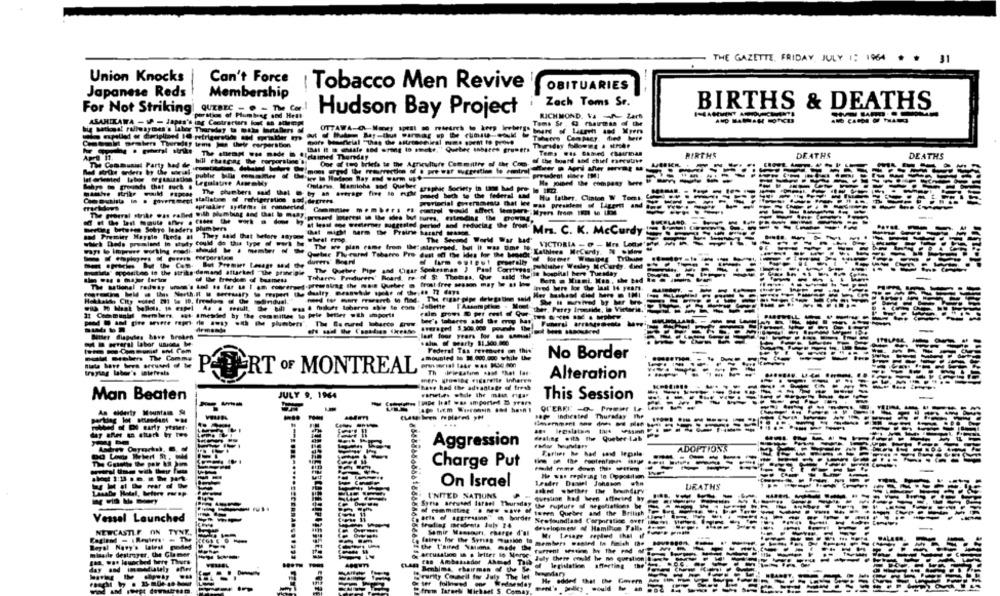
THE GAZETTE, FRIDAY, JULY 1: 1964
31
Union Knocks
Can't Force
Tobacco Men Revive
OBITUARIES
Japanese Reds
Membership
Zach Toms Sr.
BIRTHS & DEATHS
For Not Striking
QUEBEC - @ - The Car
Hudson Bay Project
porations of Plumbeg and Helt
RICHMOND. Va - Zart
ASAHIKAWA -1 - Japes's ing Contractors I MA Meg !!
Comeml Besten Thursday teme jus their corperibon
Tems was Bamed chairman
BIRTHS
DEATHS
Oor of tog briefs to the Agriculture Committee of thee Com, S the board and chief raerutine
DEATHS
The Communist Party had de
--------
Legulatave AsmemMy
falarse. Maminha sod Quebec
------
why te grounds that neck &
--
Hu father. Clinton W 7
sprinkler systems is connected,
reriacial Covercurata that He was president of Ligere and
esteeding the DowM
meeting between Solye leaders Plumbers
id and reducing the troll Mrs. C. K. Mccurdy
and Premier Hayslo Phede at They said that before dayone
which Dede promised in sfaty could do thu type @ - -
"Quine Thu-eared Tabares Pro
Lathines MeCardy. N .how
publisher Wesley NeCarty. dint
matinla" oppositeo to the strike demand attacked "the principle
Spokesman } Past Coniugas'in hospital here Tuesday
Tohares Produrers' Rcard. re-
Ther, Perry Innside, in Victoria."
1: Communkt menien. was amended by the committee to frie Miler wah import!
Bitter dispute, have Broken
last four years for so samuel'
kalın of sparty 81.300.000
mounted to 3.000.000 while the
Federal Tax rertues on this
No Border
------
PERT OF MONTREAL
Alteration
mers gousse esgarette Inherre
have had the advantage of freah
varieties stole the man rigas
Man Beaten
JULY 9. 1964
This Session
see indicated Thursday
The
Aggression
ADOPTIONS
Charge Put
-- - - ---
He was repiring to Opposition
On Israel
Leader Daniel Johnson who
DEATHS
-----
UNITED NATIONS
Syrss seeused larsel Thursday une rupture of negotiations be
taren Queber and the British
Vessel Launched
Bets of aggression" boroff Seefoundland Corporatie over
developing af Hamilton Falls
NEWCASTLE ON TYNT ..
Samir Mansmuri, charge d'! My Lesage replied that if
Royal Navy's latest guided
faites for the Syrise asioo (0 members wanted to finish the
missile destroyer. the Gla me
Ein, was launched hurry Thurs
accusation is . Iriter lo More: July chere could he no question
cas Ambassador Ahoved Talh
al legislation affecting the
Benhima chairman of thee S
rarity Council for July The let
---
et S. Comay,